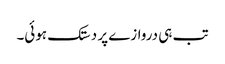
تب ہی دروازے پر دستک ہوئی۔